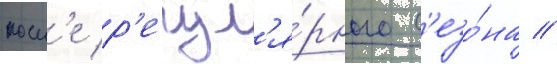
посл'е р'егул'я́рного с'езо́на //